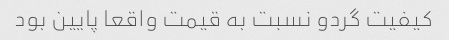
کیفیت گردو نسبت به قیمت واقعا پایین بود